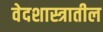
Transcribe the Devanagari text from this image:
वेदशास्त्रातील